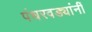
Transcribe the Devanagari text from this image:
पंधरवड्यांनीं